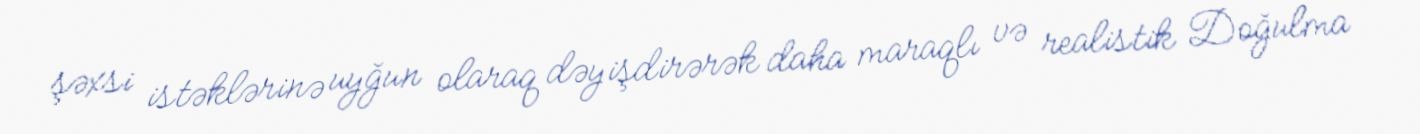
şəxsi istəklərinə uyğun olaraq dəyişdirərək daha maraqlı və realistik Doğulma